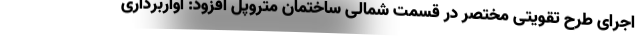
اجرای طرح تقویتی مختصر در قسمت شمالی ساختمان متروپل افزود: آواربرداری